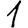
Digit: 1